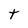
Character: t